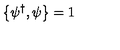
\left\{ \psi ^ { \dagger } , \psi \right\} = 1